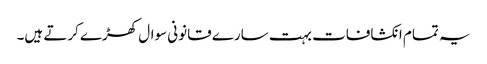
یہ تمام انکشافات بہت سارے قانونی سوال کھڑے کرتے ہیں۔